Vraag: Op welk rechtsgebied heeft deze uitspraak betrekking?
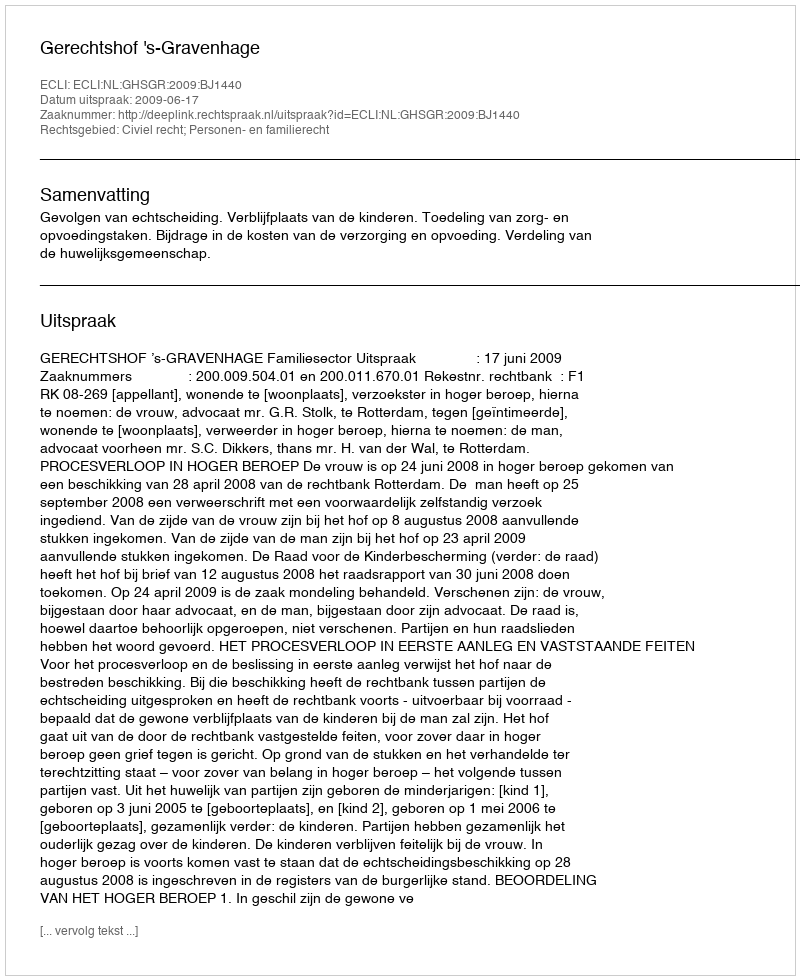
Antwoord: Civiel recht; Personen- en familierecht